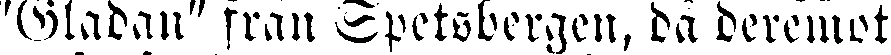
"Gladan" från Spetsbergen, då deremot